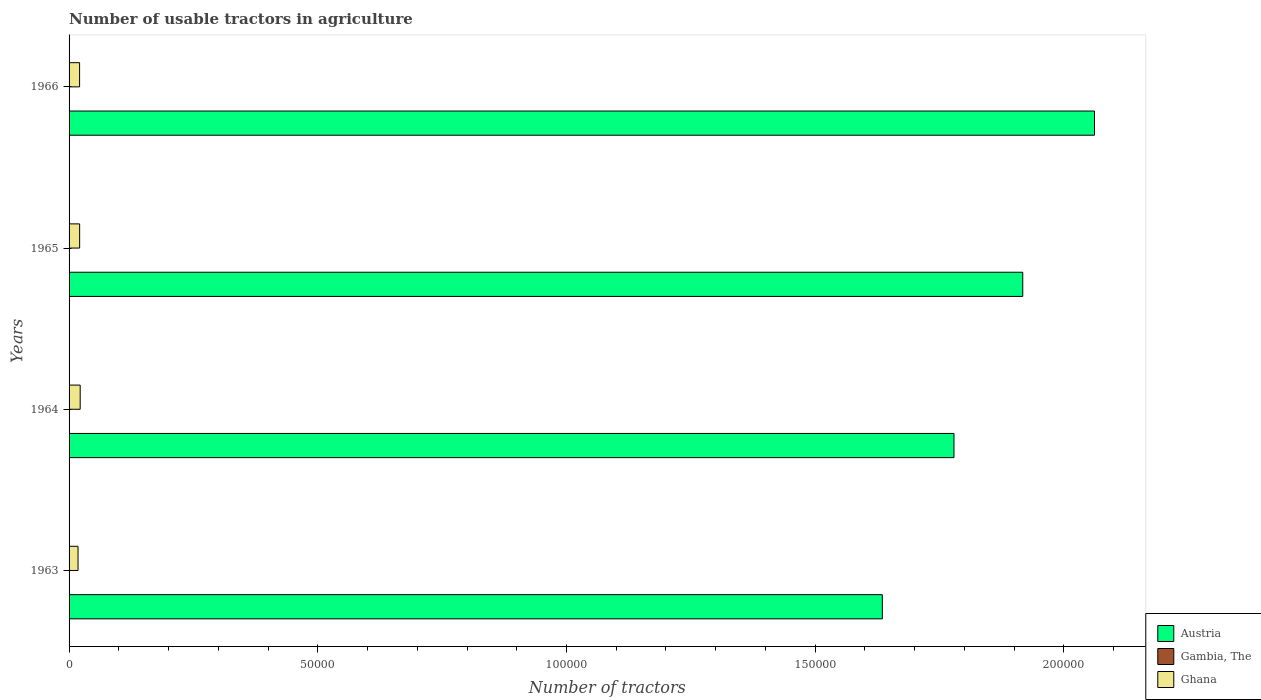
| Years | Austria | Gambia, The | Ghana |
 | --- | --- | --- | --- |
 | 1963 | 1.63e+05 | 43 | 1.8e+03 |
 | 1964 | 1.78e+05 | 43 | 2.23e+03 |
 | 1965 | 1.92e+05 | 43 | 2.12e+03 |
 | 1966 | 2.06e+05 | 44 | 2.12e+03 |